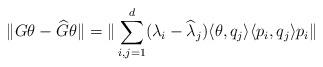
LaTeX: \begin{align*}\| G\theta - \widehat G \theta \| = \| \sum_{i,j=1}^d(\lambda_i-\widehat \lambda_j) \langle \theta, q_j \rangle\langle p_i, q_j \rangle p_i\|\end{align*}